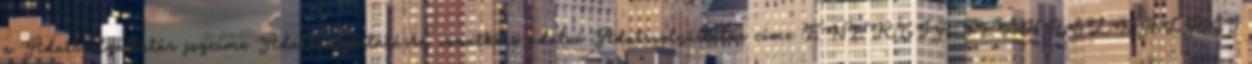
a Adatszolgáltatás jogcíme Adatszolgáltatásra vonatkozó adatai Adatszolgáltatás címe ENERGIAFELHASZNÁLÁSI